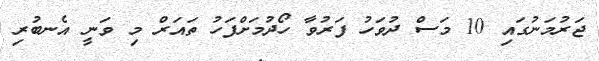
ޖަރުމަނުގައި 10 މަސް ދުވަހު ފަރުވާ ހޯދުމަށްފަހު ތައަރް މި ވަނީ އެނބުރި